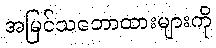
အမြင်သဘောထားများကို